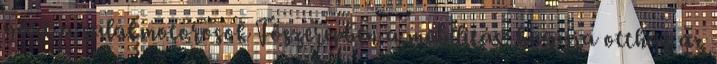
gázt a salakmotorosok Főszerepben a mobilitás: hagyja otthon az